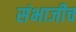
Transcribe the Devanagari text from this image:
संभाजीच